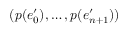
( p ( e _ { 0 } ^ { \prime } ) , \dots , p ( e _ { n + 1 } ^ { \prime } ) )